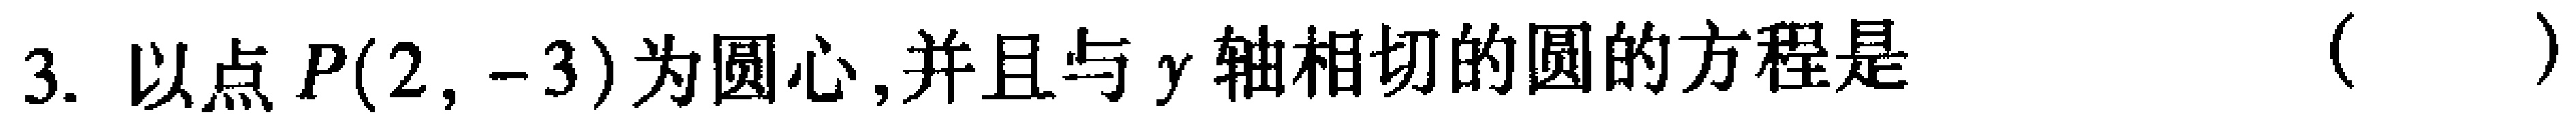
3. 以点\(P(2, -3)\)为圆心,并且与\(y\)轴相切的圆的方程是（  ）